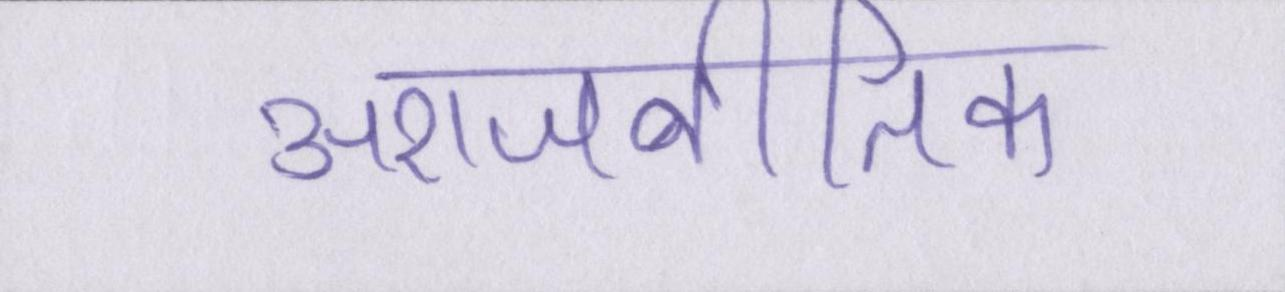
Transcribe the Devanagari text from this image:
अराजनीतिक